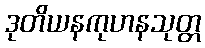
ဒုတိယနကုဟနသုတ္တ